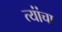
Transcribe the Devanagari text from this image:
त्यांंचा